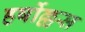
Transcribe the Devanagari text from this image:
हर्षोल्लस